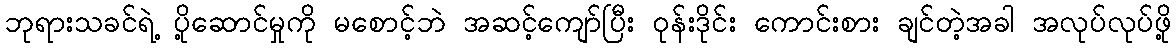
ဘုရားသခင်ရဲ့ ပို့ဆောင်မှုကို မစောင့်ဘဲ အဆင့်ကျော်ပြီး ၀ုန်းဒိုင်း ကောင်းစား ချင်တဲ့အခါ အလုပ်လုပ်ဖို့